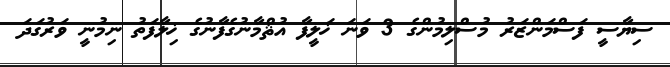
ސިޔާސީ ފަސްމަންޒަރު މުސްލިމުންގެ 3 ވަނަ ޚަލީފާ އުޘްމާނުގެފާނުގެ ޚިލާފަތު ނިމުނީ ވަރުގަދަ